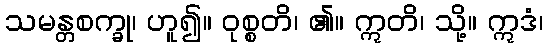
သမန္တစက္ခု၊ ဟူ၍။ ဝုစ္စတိ၊ ၏။ ဣတိ၊ သို့။ ဣဒံ၊